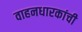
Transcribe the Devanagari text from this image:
वाहनधारकांची